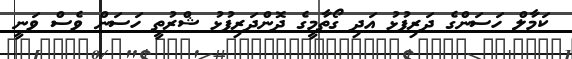
ކަމާލް ހަސަންގެ ދަރިފުޅު އަދި ގޯތާމީގެ ދޮންދަރިފުޅު ޝްރުތީ ހަސަން ވެސް ވަނީ